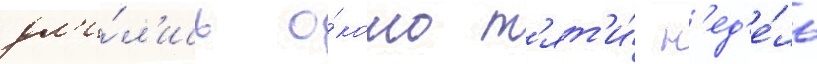
дл'и́л'ись о́коло п'ят'и́ н'ед'е́ль